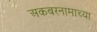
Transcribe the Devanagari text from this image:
अकबरनामाच्या